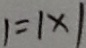
1 = 1 \times 1